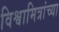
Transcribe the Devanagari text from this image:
विश्वामित्रांच्या